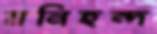
মনিহন্দ